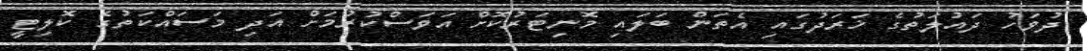
ދުވަހު ދައުލަތުގެ ޚަރަދުގައި އެތަން ބަލައި މޮނިޓަރުކޮށް އަވަސްކުރުމަށް އަދި މަސައްކަތުގެ ކޮލިޓީ